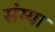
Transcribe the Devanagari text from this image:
संग्या